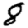
Digit: 8